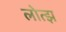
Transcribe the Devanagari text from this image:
लोत्झ